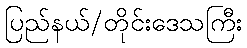
ပြည်နယ်/တိုင်းဒေသကြီး